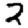
Digit: 2